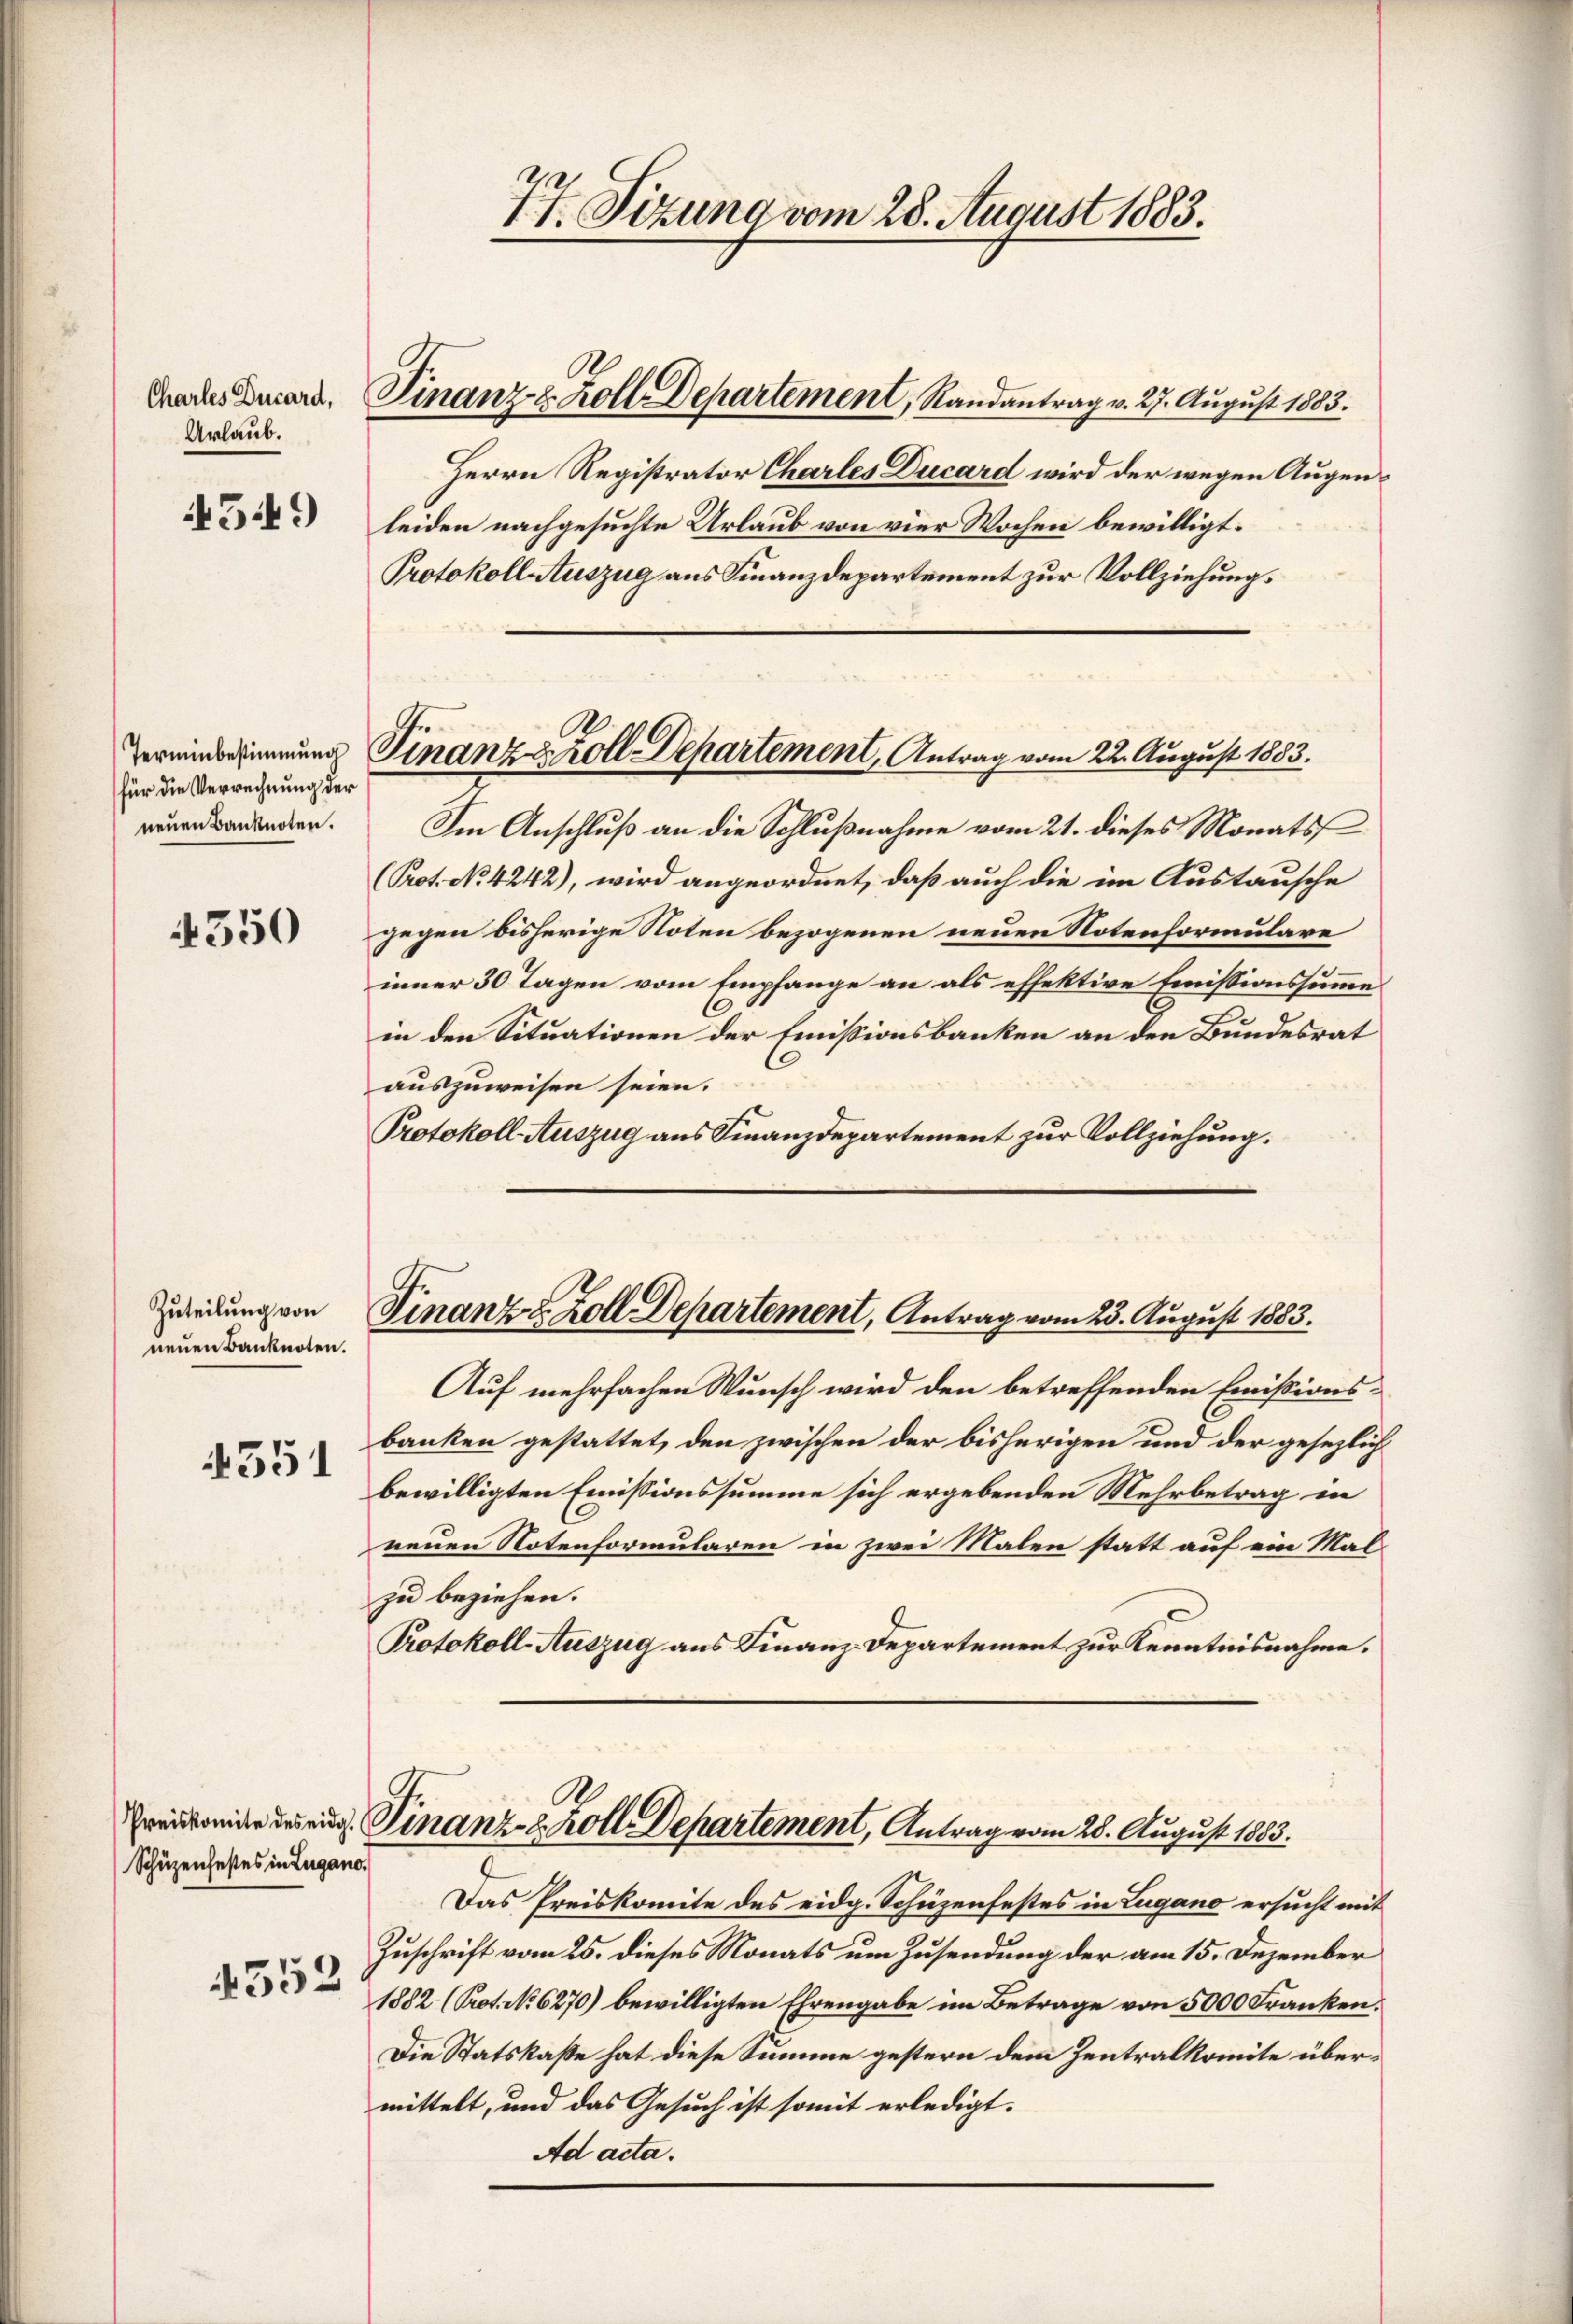
Charles Ducard,
Urlaub.

549)

Terminbestimmung
für die Verrechnung der
neuen Banknoten.

4350

Zuteilung von
neuen Banknoten.

4551

Schüzenfestes in Lugano.

4552

77 Sizung vom 28. August 1883.

Herrn Registrator Charles Ducard wird der wegen Augenleiden nachgesuchte Urlaub von vier Wochen bewilligt.
Protokoll Auszug aus Finanzdepartement zur Vollziehung.

Finanz- z. Kolle Departement, Randantrag v. 27. August 1883.

Finanz-Zoll Departement, Antrag vom 22. August 1883.

Finanz u. Zoll Departement, Antrag vom 23. August 1883.

Im Anschluß an die Schlußnahme vom 21. dieses Monats
(Pot. No 4242), wird angeordnet, daß auch die im Austausche
gegen bisherige Noten bezogenen neuen Notenformulare
inner 30 Tagen vom Empfange an als effektive Emissionssumme
C
in den Situationen der Emissionsbanken an den Bundesrat
auszuweisen seien.
Protokoll Auszug aus Finanzdepartement zur Vollziehung.

Preisende des aug. Finanz- u. Kolle Departement, Antrag vom 28. August 1883.

Das Preiskomite des eidg. Schüzenfestes in Lugano ersucht mit
Zuschrift vom 25. dieses Monats um Zusendung der am 15. Dezember
1882 (Prot. No 6270) bewilligten Ehrengabe im Betrage von 5000 Franken.
Die Statskaße hat diese Summe gestern dem Zentralkomite übermittelt, und das Gesuch ist somit erledigt.
Ad acta.

Auf mehrfachen Wunsch wird den betreffenden Emissionsbanken gestattet, den zwischen der bisherigen und der gesezlich
bewilligten Emissionssumme sich ergebenden Mehrbetrag in
neuen Notenformularen in zwei Malen statt auf ein Malzu beziehen.
Protokoll-Auszug aus Finanz-Departement zur Kenntnisnahme.